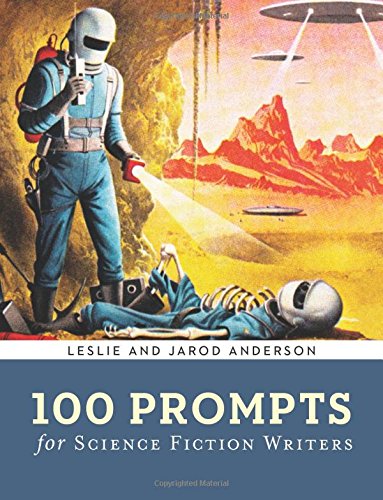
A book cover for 100 Prompts for Science Fiction Writers (Writer's Muse); Jarod K. Anderson; Science Fiction & Fantasy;